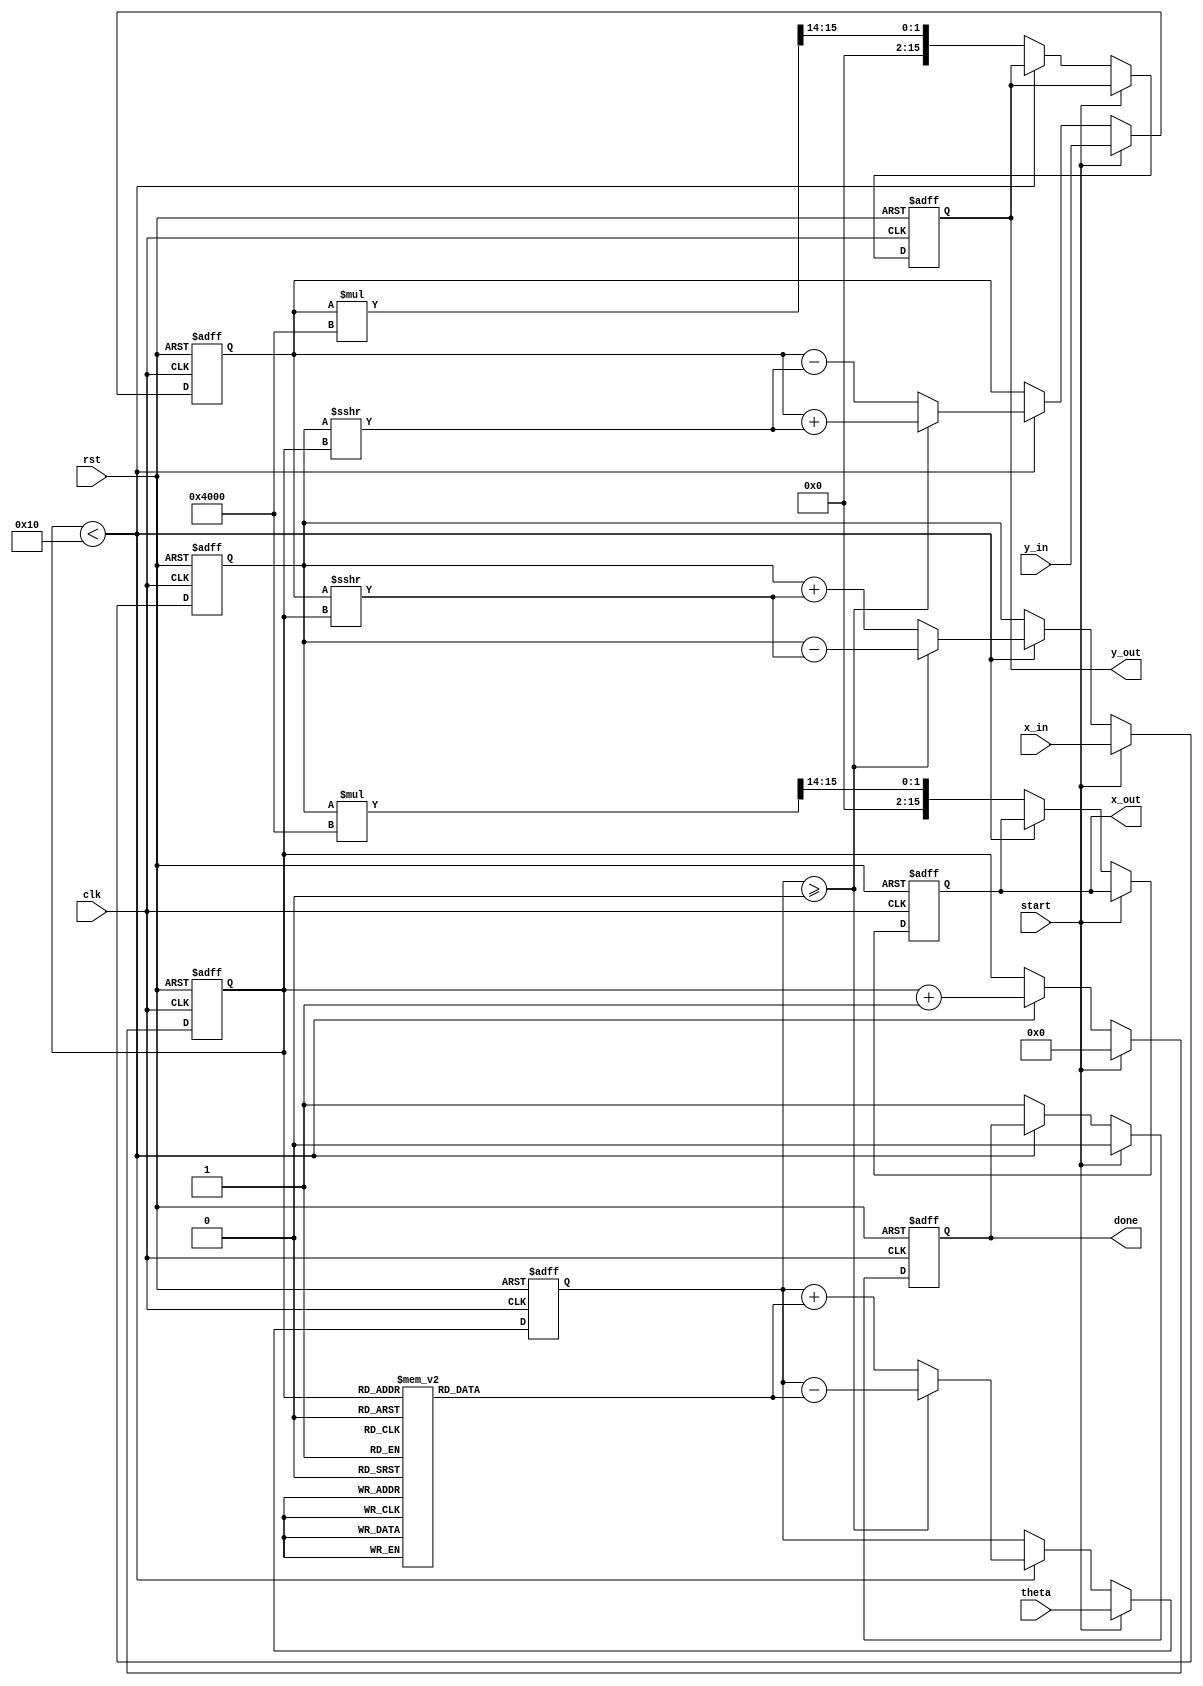
module cordic_2d (
    input wire clk,
    input wire rst,
    input wire start,
    input wire signed [15:0] x_in,  // Input X vector
    input wire signed [15:0] y_in,  // Input Y vector
    input wire signed [15:0] theta,  // Target rotation angle
    output reg signed [15:0] x_out,  // Output X vector
    output reg signed [15:0] y_out,  // Output Y vector
    output reg done                // Done signal
);

    // Parameters
    parameter NUM_ITERATIONS = 16; // Number of iterations
    parameter FIXED_POINT_SCALE = 16'h4000; // Scaling factor (2^14)

    // Rotation angle table (in fixed-point format)
    reg signed [15:0] angle_table [0:NUM_ITERATIONS-1];
    initial begin
        angle_table[0] = 16'h2000; // atan(1/2^0)
        angle_table[1] = 16'h1666; // atan(1/2^1)
        angle_table[2] = 16'h0CCC; // atan(1/2^2)
        angle_table[3] = 16'h0A3D; // atan(1/2^3)
        angle_table[4] = 16'h0519; // atan(1/2^4)
        angle_table[5] = 16'h028B; // atan(1/2^5)
        angle_table[6] = 16'h0142; // atan(1/2^6)
        angle_table[7] = 16'h00A1; // atan(1/2^7)
        angle_table[8] = 16'h0051; // atan(1/2^8)
        angle_table[9] = 16'h0028; // atan(1/2^9)
        angle_table[10] = 16'h0014; // atan(1/2^10)
        angle_table[11] = 16'h000A; // atan(1/2^11)
        angle_table[12] = 16'h0005; // atan(1/2^12)
        angle_table[13] = 16'h0002; // atan(1/2^13)
        angle_table[14] = 16'h0001; // atan(1/2^14)
        angle_table[15] = 16'h0000; // atan(1/2^15)
    end

    // State variables
    reg [3:0] iteration; // Current iteration
    reg signed [15:0] x_reg, y_reg; // Registers for X and Y
    reg signed [15:0] current_angle; // Current angle

    // Control logic
    always @(posedge clk or posedge rst) begin
        if (rst) begin
            x_out <= 0;
            y_out <= 0;
            done <= 0;
            iteration <= 0;
            current_angle <= 0;
            x_reg <= 0;
            y_reg <= 0;
        end else if (start) begin
            // Initialize values
            x_reg <= x_in;
            y_reg <= y_in;
            current_angle <= theta;
            iteration <= 0;
            done <= 0;
        end else if (iteration < NUM_ITERATIONS) begin
            // CORDIC rotation logic
            if (current_angle >= 0) begin
                // Counter-clockwise rotation
                x_reg <= x_reg - (y_reg >>> iteration);
                y_reg <= y_reg + (x_reg >>> iteration);
                current_angle <= current_angle - angle_table[iteration];
            end else begin
                // Clockwise rotation
                x_reg <= x_reg + (y_reg >>> iteration);
                y_reg <= y_reg - (x_reg >>> iteration);
                current_angle <= current_angle + angle_table[iteration];
            end
            iteration <= iteration + 1;
        end else begin
            // Final output after all iterations
            x_out <= x_reg * FIXED_POINT_SCALE >>> 14; // Scale output
            y_out <= y_reg * FIXED_POINT_SCALE >>> 14; // Scale output
            done <= 1; // Indicate completion
        end
    end

endmodule